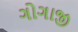
ગોગાજી